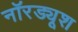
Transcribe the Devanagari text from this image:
नॉरड्यूश